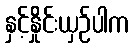
နှင့်နှိုင်းယှဉ်ပါက